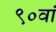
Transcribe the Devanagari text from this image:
९०वां